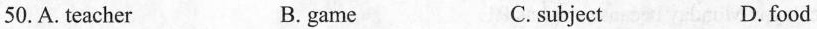
50.A.teacher B.game C.subject D.food